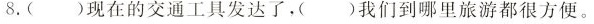
8.()现在的交通工具发达了，()我们到哪里旅游都很方便。